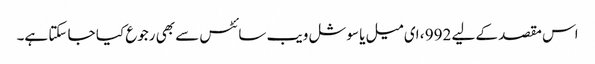
اس مقصد کے لیے 992 ، ای میل یا سوشل ویب سائٹس سے بھی رجوع کیا جا سکتا ہے۔